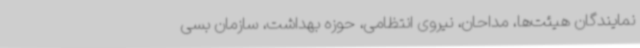
نمایندگان هیئت‌ها، مداحان، نیروی انتظامی، حوزه بهداشت، سازمان بسی